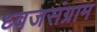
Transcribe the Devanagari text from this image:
ध्वजसंग्राम